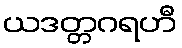
ယဒတ္တဂရဟီ